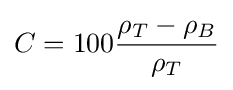
C=100{\frac {\rho _{T}-\rho _{B}}{\rho _{T}}}